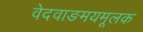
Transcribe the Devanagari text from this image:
वेदवाङमयमूलक